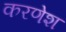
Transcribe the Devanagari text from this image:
करणेश